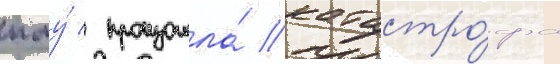
пму́ / произошла́ катастро́фа